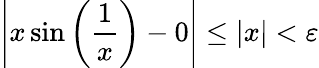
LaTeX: \left|x\sin{\left({\frac{1}{x}}\right)}-0\right|\leq|x|<\varepsilon